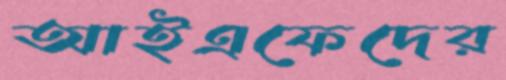
আইএফেদের